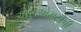
એસએમટીપી